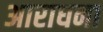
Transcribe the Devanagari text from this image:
अाराधना